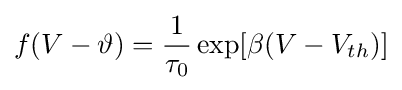
f(V-\vartheta )={\frac {1}{\tau _{0}}}\exp[\beta (V-V_{th})]